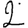
Digit: 2